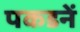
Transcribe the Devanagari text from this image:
पकडनें